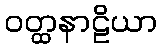
ဝတ္ထနာဠိယာ